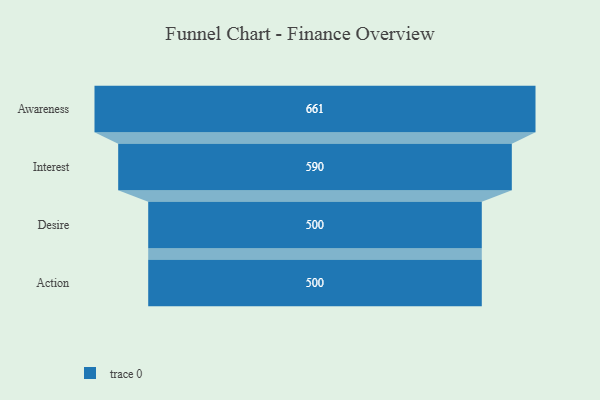
{"axis": {"x": "Stage", "y": "Value"}, "legend": [""], "data": [{"x": "Awareness", "y": 661.0, "type": ""}, {"x": "Interest", "y": 590.0, "type": ""}, {"x": "Desire", "y": 500, "type": ""}, {"x": "Action", "y": 500, "type": ""}]}